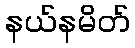
နယ်နမိတ်